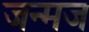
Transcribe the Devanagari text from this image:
जन्मज